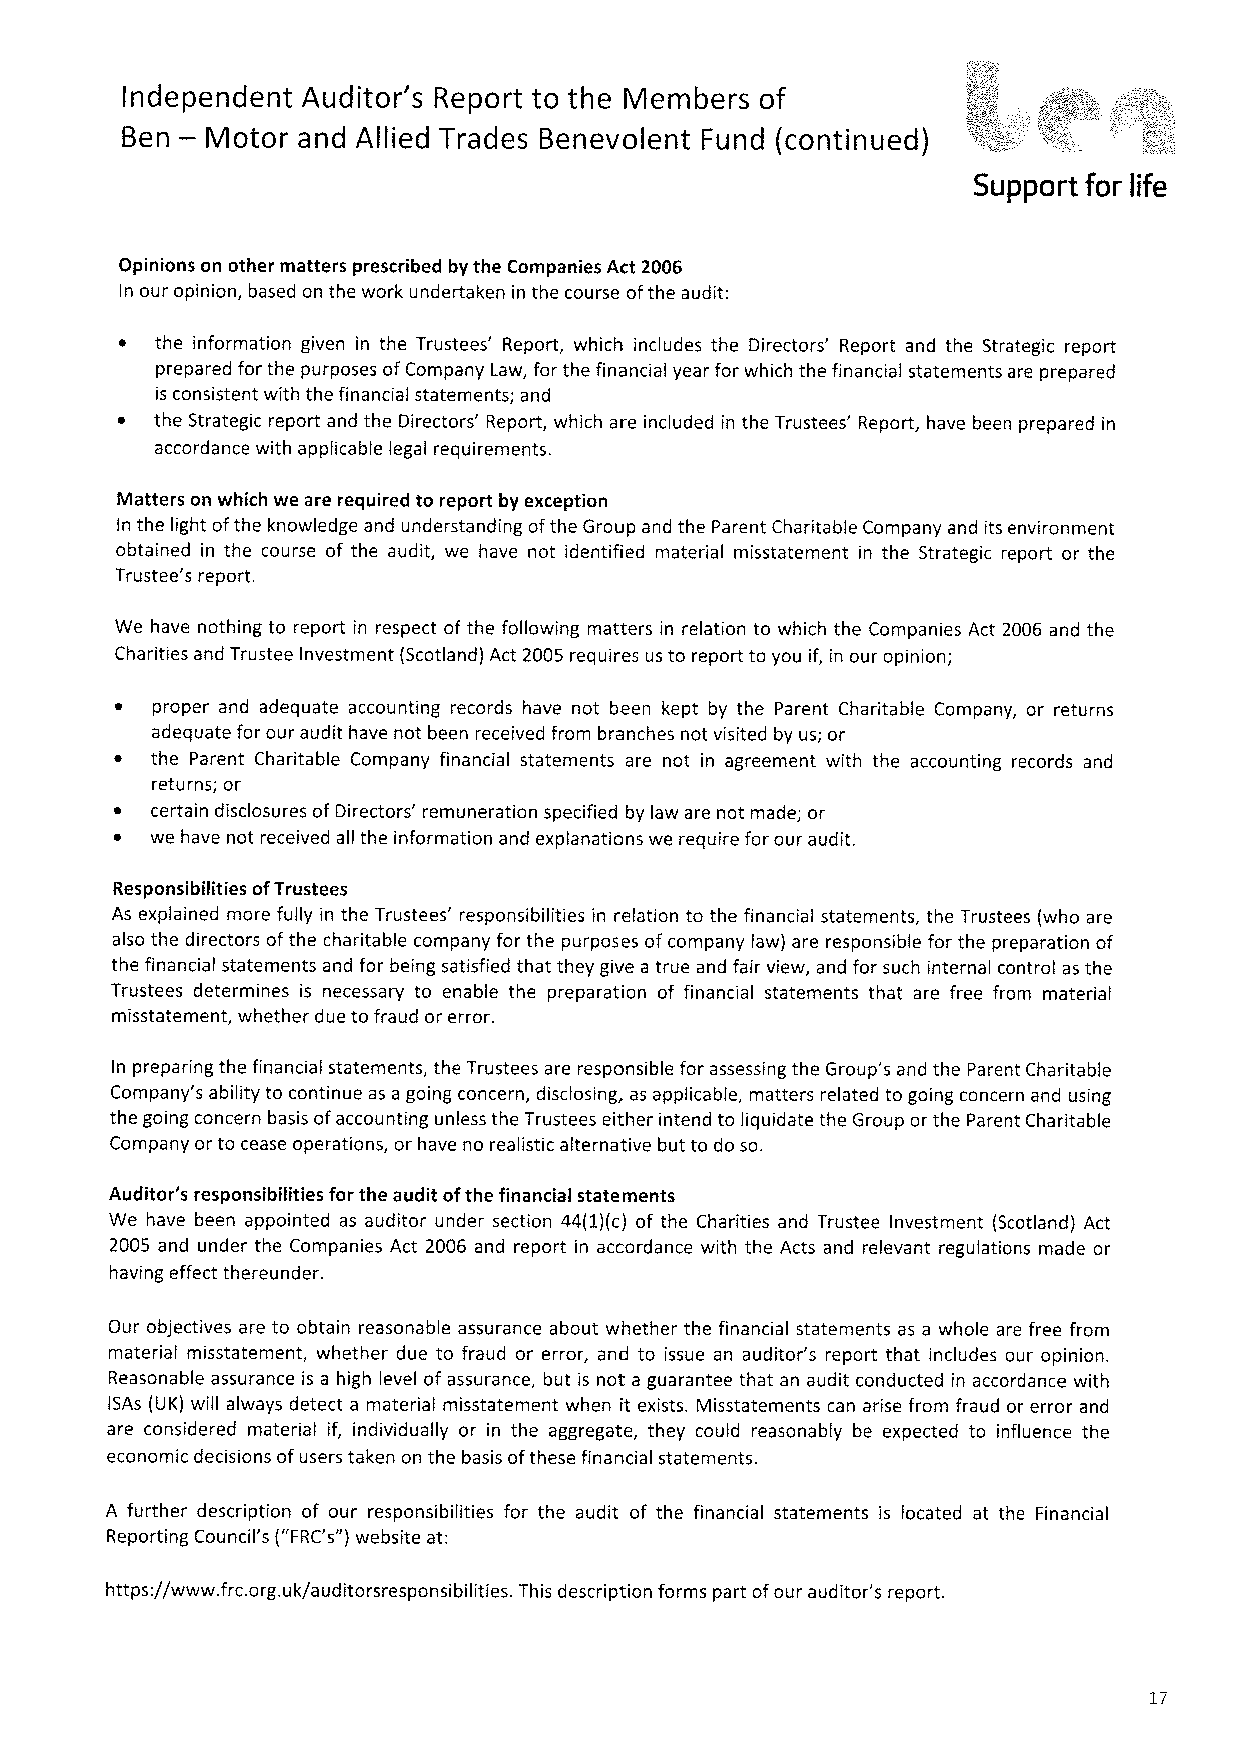
Independent Auditor's Report to the Members of
 —
 Ben   Motor and Allied Trades Benevolent Fund (continuedj
 Support for life
 Opinions on other matters prescribed by the Companies Act 2006
 In our opinion, based on the work undertaken in the course ofthe audit:
 ~ the information given in the Trustees' Report, which includes the Directors' Report and the Strategic report
 prepared for the purposes ofCompany Law, for the financial year for which the financial statements are prepared
 is consistent with the financial statements; and
 ~ the Strategic report and the Directors' Report, which are included in the Trustees' Report, have been prepared in
 accordance with applicable legal requirements.
 Matters on which we are required to report by exception
 In the light ofthe knowledge and understanding ofthe Group and the Parent Charitable Company and its environment
 obtained in the course of the audit, we have not identified material misstatement in the Strategic report or the
 Trustee's report.
 We have nothing to report in respect of the following matters in relation to which the Companies Act 2006 and the
 Charities and Trustee Investment (Scotland) Act 2005 requires us to report to you if, in our opinion;
 proper and adequate accounting records have not been kept by the Parent Charitable Company, or returns
 adequate for our audit have not been received from branches not visited by us; or
 the Parent Charitable Company financial statements are not in agreement with the accounting records and
 returns; or
 certain disclosures ofDirectors' remuneration specified by law are not made; or
 we have not received all the information and explanations we require for our audit.
 Responsibilities ofTrustees
 As explained more fully in the Trustees' responsibilities in relation to the financial statements, the Trustees (who are
 also the directors ofthe charitable company for the purposes ofcompany law) are responsible for the preparation of
 the financial statements and for being satisfied that they give a true and fair view, and for such internal control as the
 Trustees determines is necessary to enable the preparation of financial statements that are free from material
 misstatement, whether due to fraud or error.
 In preparing the financial statements, the Trustees are responsible for assessing the Group's and the Parent Charitable
 Company's ability to continue as a going concern, disclosing, as applicable, matters related to going concern and using
 the going concern basis ofaccounting unless the Trustees either intend to liquidate the Group or the Parent Charitable
 Company or to cease operations, or have no realistic alternative but to do so.
 Auditor's responsibilities for the audit ofthe financial statements
 We have been appointed as auditor under section 44(1)(c) of the Charities and Trustee Investment (Scotland) Act
 2005 and under the Companies Act 2006 and report in accordance with the Acts and relevant regulations made or
 having effect thereunder.
 Our objectives are to obtain reasonable assurance about whether the financial statements as a whole are free from
 material misstatement, whether due to fraud or error, and to issue an auditor's report that includes our opinion.
 Reasonable assurance is a high level of assurance, but is not a guarantee that an audit conducted in accordance with
 ISAs (UK) will always detect a material misstatement when it exists. Misstatements can arise from fraud or error and
 are considered material if, individually or in the aggregate, they could reasonably be expected to influence the
 economic decisions ofusers taken on the basis ofthese financial statements.
 A further description of our responsibilities for the audit of the financial statements is located at the Financial
 Reporting Council's ("FRC's")website at:
 https://www. frc.org.uk/auditorsresponsibilities. This description forms part ofour auditor's report.
 17